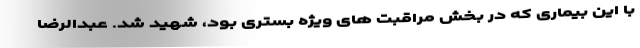
با این بیماری که در بخش مراقبت های ویژه بستری بود، شهید شد. عبدالرضا